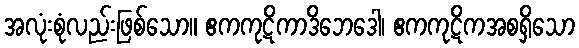
အလုံးစုံလည်းဖြစ်သော။ ဧကကုဋိကာဒိဘေဒေါ၊ ဧကကုဋိကအစရှိသော